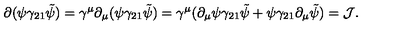
\partial ( \psi \gamma _ { 2 1 } \tilde { \psi } ) = \gamma ^ { \mu } \partial _ { \mu } ( \psi \gamma _ { 2 1 } \tilde { \psi } ) = \gamma ^ { \mu } ( \partial _ { \mu } \psi \gamma _ { 2 1 } \tilde { \psi } + \psi \gamma _ { 2 1 } \partial _ { \mu } \tilde { \psi } ) = { \cal J } .